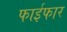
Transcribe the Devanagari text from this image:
फाईफार